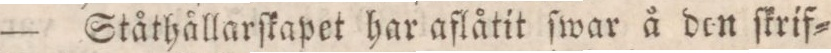
— Ståthållarſkapet har aflåtit ſwar å den ſkrif=